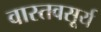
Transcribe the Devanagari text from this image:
वास्तवसूर्य